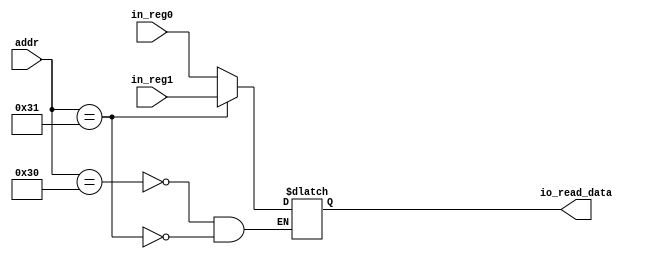
module io_input_mux(in_reg0, in_reg1, addr, io_read_data);
input [31:0] in_reg0, in_reg1;
input [5:0] addr;
output reg [31:0] io_read_data;
initial
	begin
		io_read_data = 0;
	end
	
always @(*)
	case(addr)
	6'b110000: io_read_data = in_reg0;
	6'b110001: io_read_data = in_reg1;
	endcase

endmodule